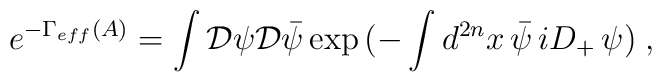
e^{-\Gamma_{eff}(A)}=\int {\cal D}\psi {\cal D}\bar{\psi}\exp{(-\int d^{2n}x\,\bar{\psi}\,iD_{+}\,\psi)}\;,